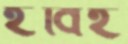
হবিই